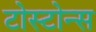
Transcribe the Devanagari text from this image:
टोस्टोन्स